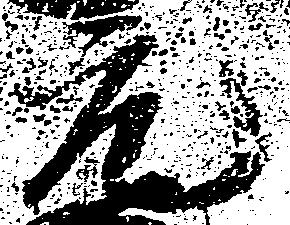
元